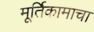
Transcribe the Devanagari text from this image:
मूर्तिकामाचा